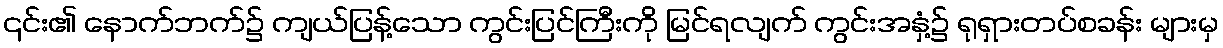
၎င်း၏ နောက်ဘက်၌ ကျယ်ပြန့်သော ကွင်းပြင်ကြီးကို မြင်ရလျက် ကွင်းအနှံ့၌ ရုရှားတပ်စခန်း များမှ